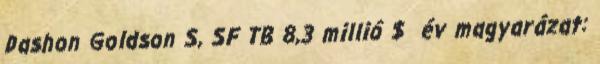
Dashon Goldson S, SF TB 8,3 millió $ év magyarázat: